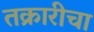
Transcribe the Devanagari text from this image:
तक्रारीचा